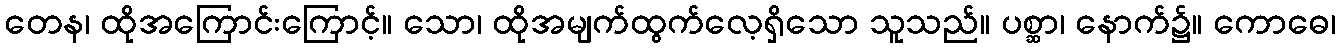
တေန၊ ထိုအကြောင်းကြောင့်။ သော၊ ထိုအမျက်ထွက်လေ့ရှိသော သူသည်။ ပစ္ဆာ၊ နောက်၌။ ကောဓေ၊